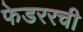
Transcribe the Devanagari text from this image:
फेडररची